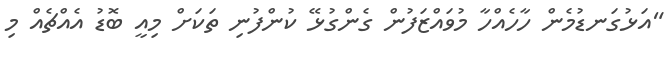
"އަޅުގަނޑުމެން ހާހެއްހާ މުވައްޒަފުން ގެންގުޅޭ ކުންފުނި ތަކަށް މިއީ ބޮޑު އެއްޗެއް މި